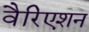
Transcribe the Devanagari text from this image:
वैरिएशन